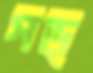
পড়্